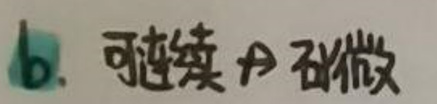
b. 可连续